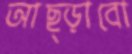
আছ্‌ড়াবো